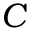
C